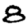
Digit: 8